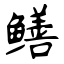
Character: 鳝